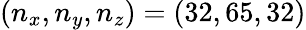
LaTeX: (n_{x},n_{y},n_{z})=(32,65,32)